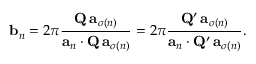
\mathbf { b } _ { n } = 2 \pi { \frac { \mathbf { Q } \, \mathbf { a } _ { \sigma ( n ) } } { \mathbf { a } _ { n } \cdot \mathbf { Q } \, \mathbf { a } _ { \sigma ( n ) } } } = 2 \pi { \frac { \mathbf { Q } ^ { \prime } \, \mathbf { a } _ { \sigma ( n ) } } { \mathbf { a } _ { n } \cdot \mathbf { Q } ^ { \prime } \, \mathbf { a } _ { \sigma ( n ) } } } .